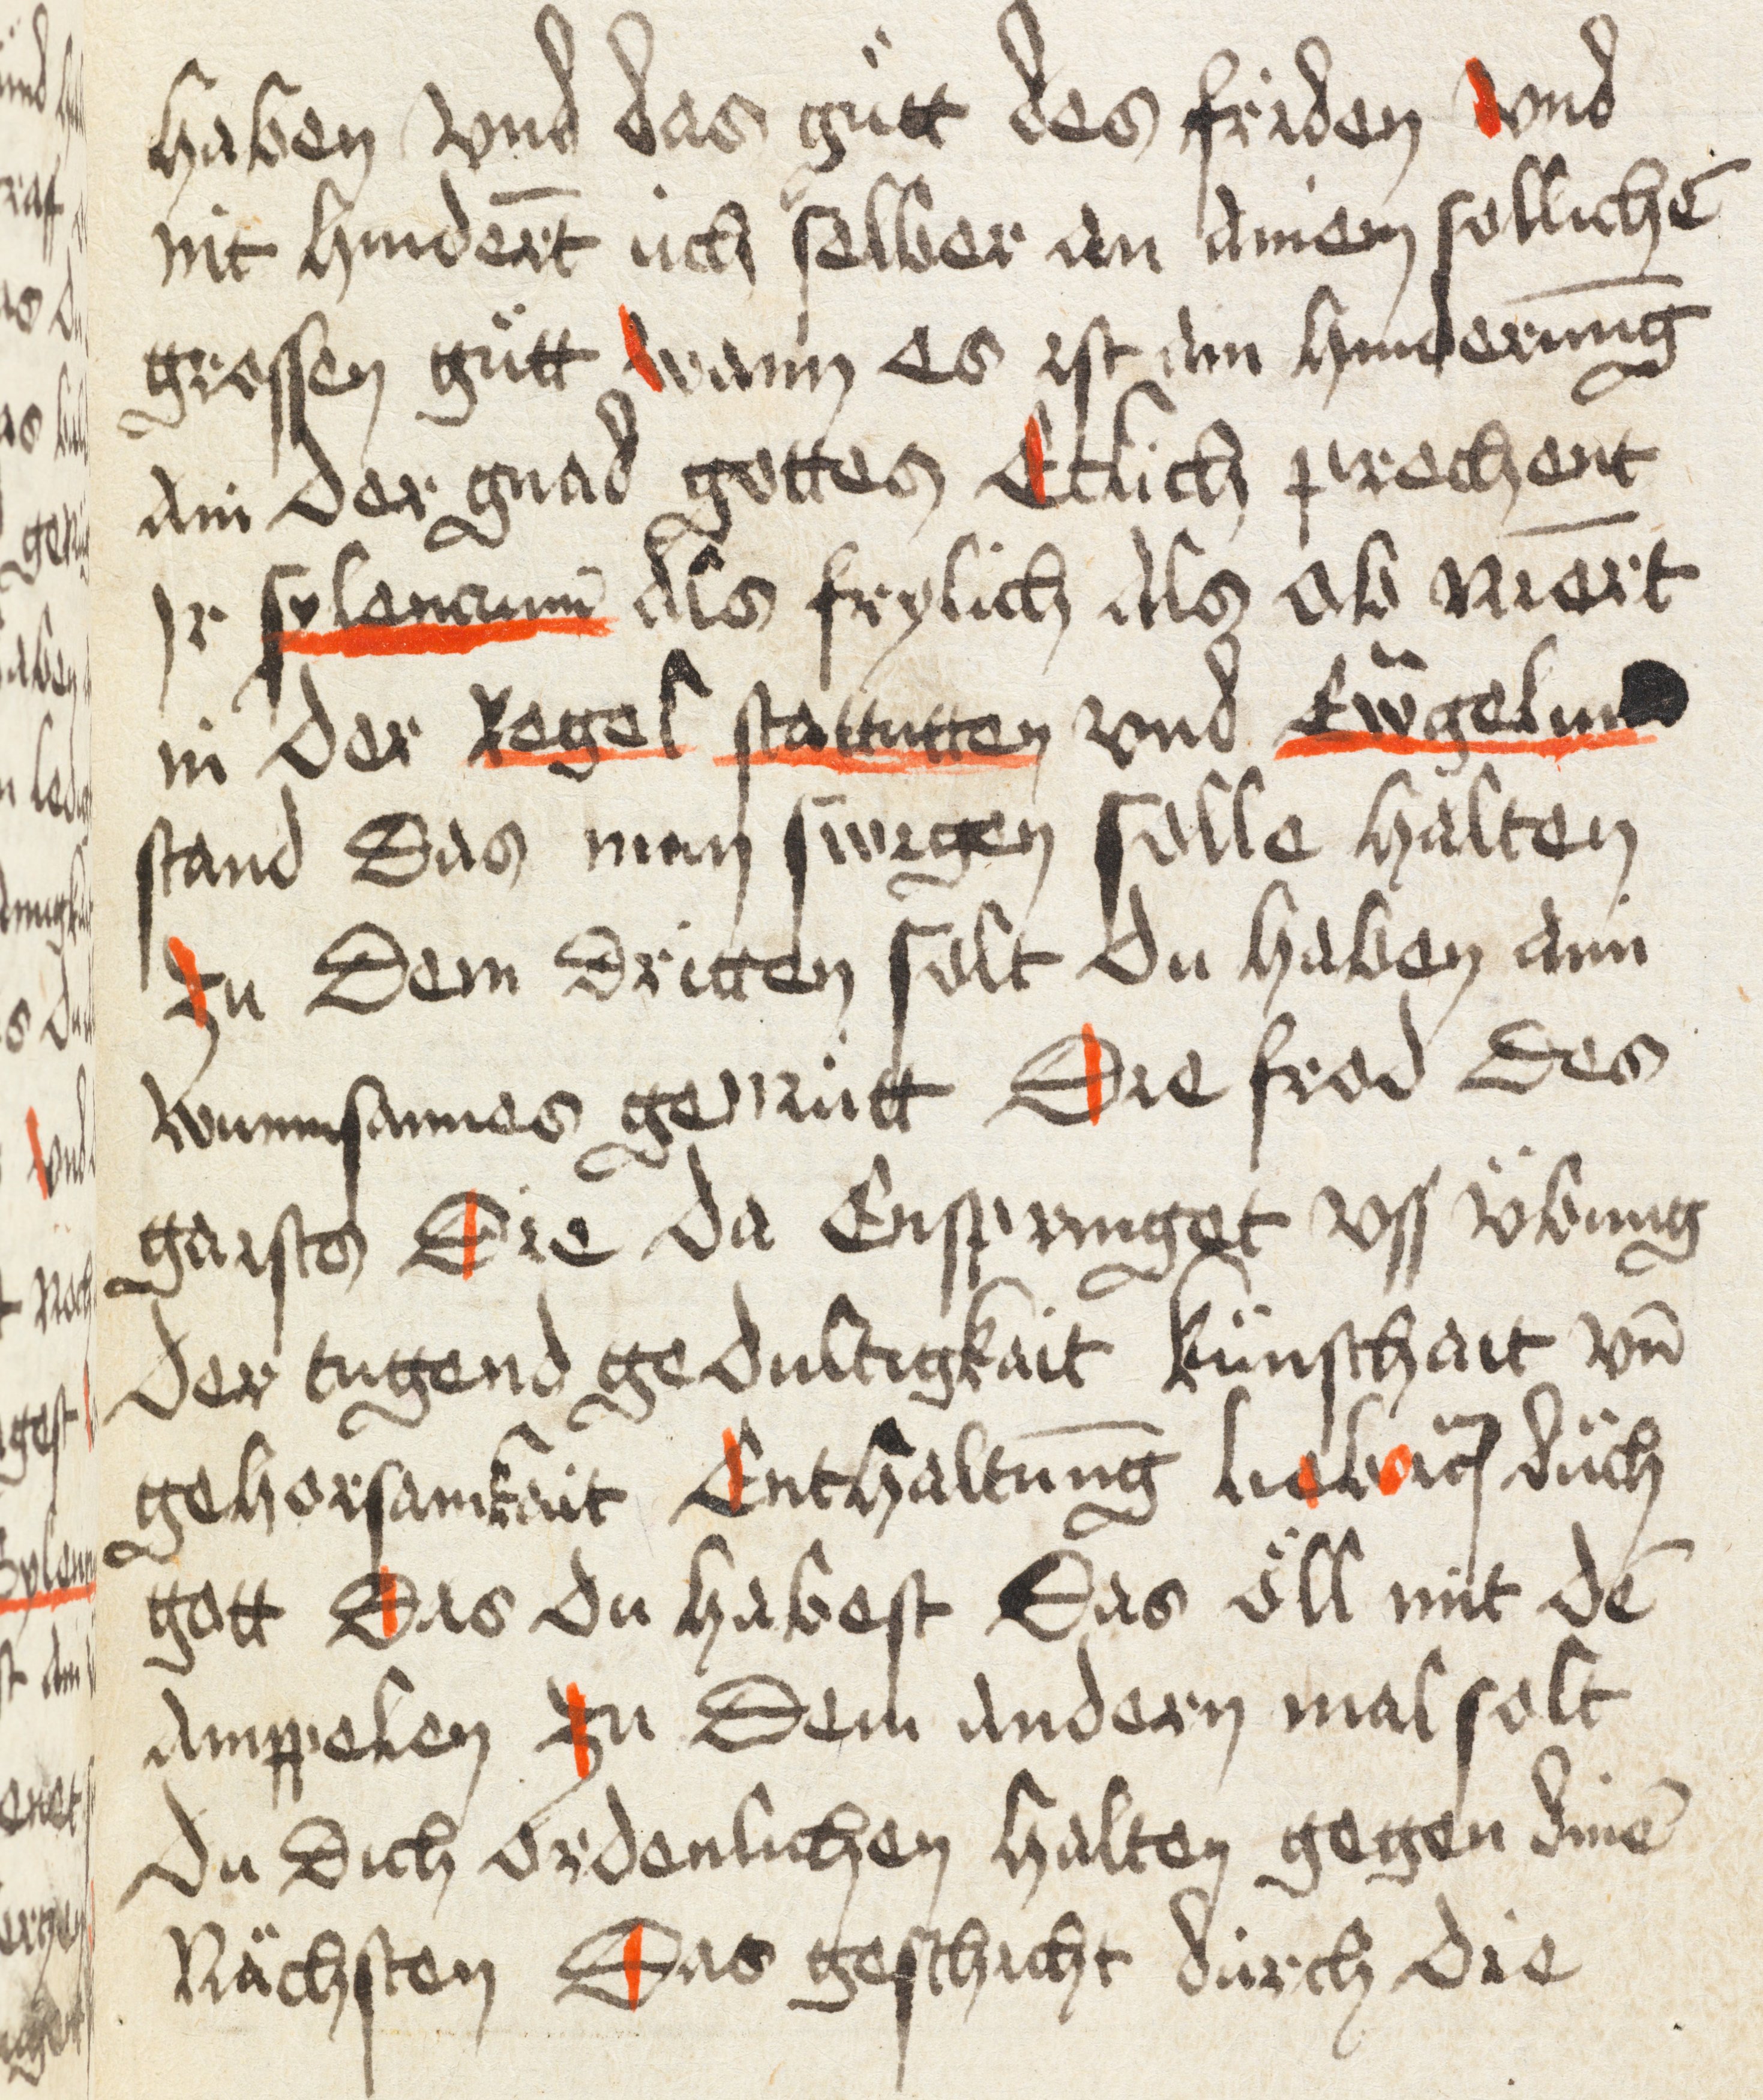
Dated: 1498–1498